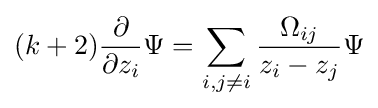
(k+2){\frac {\partial }{\partial z_{i}}}\Psi =\sum _{i,j\neq i}{\frac {\Omega _{ij}}{z_{i}-z_{j}}}\Psi